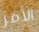
الأمر